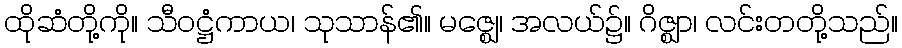
ထိုဆံတို့ကို။ သီဝဋ္ဌံကာယ၊ သုသာန်၏။ မဇ္ဈေ၊ အလယ်၌။ ဂိဇ္ဈာ၊ လင်းတတို့သည်။